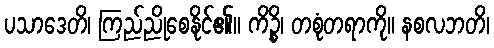
ပသာဒေတိ၊ ကြည်ညိုစေနိုင်၏။ ကိဉ္စိ၊ တစုံတရာကို။ နစလဘတိ၊